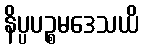
နိပ္ပပဉ္စမဒေသယိ